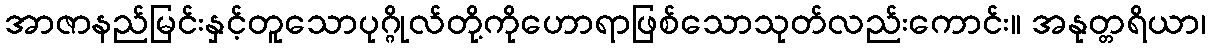
အာဇာနည်မြင်းနှင့်တူသောပုဂ္ဂိုလ်တို့ကိုဟောရာဖြစ်သောသုတ်လည်းကောင်း။ အနုတ္တရိယာ၊